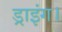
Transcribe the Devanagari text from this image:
ड्राइंग।